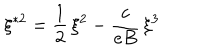
\xi ^ { \ast 2 } = \frac { 1 } { 2 } \, \xi ^ { 2 } - \frac { c } { e B } \, \xi ^ { 3 }